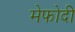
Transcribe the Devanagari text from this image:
मेफोदी